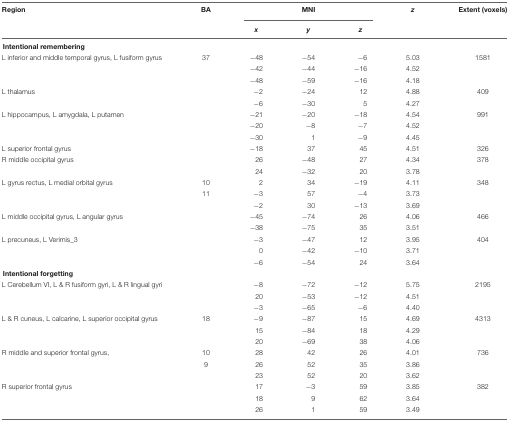
<table><thead><tr><td><b>Region</b></td><td><b>BA</b></td><td colspan="3"><b>MNI</b></td><td><b><i>z</i></b></td><td><b>Extent (voxels)</b></td></tr><tr><td></td><td></td><td><b><i>x</i></b></td><td><b><i>y</i></b></td><td><b><i>z</i></b></td><td></td><td></td></tr></thead><tbody><tr><td colspan="7"><b>Intentional remembering</b></td></tr><tr><td>L inferior and middle temporal gyrus, L fusiform gyrus</td><td>37</td><td>-48</td><td>-54</td><td>-6</td><td>5.03</td><td>1581</td></tr><tr><td></td><td></td><td>-42</td><td>-44</td><td>-16</td><td>4.52</td><td></td></tr><tr><td></td><td></td><td>-48</td><td>-59</td><td>-16</td><td>4.18</td><td></td></tr><tr><td>L thalamus</td><td></td><td>-2</td><td>-24</td><td>12</td><td>4.88</td><td>409</td></tr><tr><td></td><td></td><td>-6</td><td>-30</td><td>5</td><td>4.27</td><td></td></tr><tr><td>L hippocampus, L amygdala, L putamen</td><td></td><td>-21</td><td>-20</td><td>-18</td><td>4.54</td><td>991</td></tr><tr><td></td><td></td><td>-20</td><td>-8</td><td>-7</td><td>4.52</td><td></td></tr><tr><td></td><td></td><td>-30</td><td>1</td><td>-9</td><td>4.45</td><td></td></tr><tr><td>L superior frontal gyrus</td><td></td><td>-18</td><td>37</td><td>45</td><td>4.51</td><td>326</td></tr><tr><td>R middle occipital gyrus</td><td></td><td>26</td><td>-48</td><td>27</td><td>4.34</td><td>378</td></tr><tr><td></td><td></td><td>24</td><td>-32</td><td>20</td><td>3.78</td><td></td></tr><tr><td>L gyrus rectus, L medial orbital gyrus</td><td>10</td><td>2</td><td>34</td><td>-19</td><td>4.11</td><td>348</td></tr><tr><td></td><td>11</td><td>-3</td><td>57</td><td>-4</td><td>3.73</td><td></td></tr><tr><td></td><td></td><td>-2</td><td>30</td><td>-13</td><td>3.69</td><td></td></tr><tr><td>L middle occipital gyrus, L angular gyrus</td><td></td><td>-45</td><td>-74</td><td>26</td><td>4.06</td><td>466</td></tr><tr><td></td><td></td><td>-38</td><td>-75</td><td>35</td><td>3.51</td><td></td></tr><tr><td>L precuneus, L Verimis_3</td><td></td><td>-3</td><td>-47</td><td>12</td><td>3.95</td><td>404</td></tr><tr><td></td><td></td><td>0</td><td>-42</td><td>-10</td><td>3.71</td><td></td></tr><tr><td></td><td></td><td>-6</td><td>-54</td><td>24</td><td>3.64</td><td></td></tr><tr><td colspan="7"><b>Intentional forgetting</b></td></tr><tr><td>L Cerebellum VI, L &amp; R fusiform gyri, L &amp; R lingual gyri</td><td></td><td>-8</td><td>-72</td><td>-12</td><td>5.75</td><td>2195</td></tr><tr><td></td><td></td><td>20</td><td>-53</td><td>-12</td><td>4.51</td><td></td></tr><tr><td></td><td></td><td>-3</td><td>-65</td><td>-6</td><td>4.40</td><td></td></tr><tr><td>L &amp; R cuneus, L calcarine, L superior occipital gyrus</td><td>18</td><td>-9</td><td>-87</td><td>15</td><td>4.69</td><td>4313</td></tr><tr><td></td><td></td><td>15</td><td>-84</td><td>18</td><td>4.29</td><td></td></tr><tr><td></td><td></td><td>20</td><td>-69</td><td>38</td><td>4.06</td><td></td></tr><tr><td>R middle and superior frontal gyrus,</td><td>10</td><td>28</td><td>42</td><td>26</td><td>4.01</td><td>736</td></tr><tr><td></td><td>9</td><td>26</td><td>52</td><td>35</td><td>3.86</td><td></td></tr><tr><td></td><td></td><td>23</td><td>52</td><td>20</td><td>3.62</td><td></td></tr><tr><td>R superior frontal gyrus</td><td></td><td>17</td><td>-3</td><td>59</td><td>3.85</td><td>382</td></tr><tr><td></td><td></td><td>18</td><td>9</td><td>62</td><td>3.64</td><td></td></tr><tr><td></td><td></td><td>26</td><td>1</td><td>59</td><td>3.49</td><td></td></tr></tbody></table>